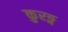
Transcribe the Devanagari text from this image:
कुरङ्ग